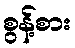
စွန့်စား